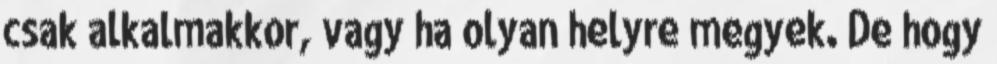
csak alkalmakkor, vagy ha olyan helyre megyek. De hogy